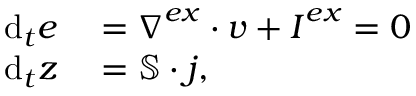
\begin{array} { r l } { \mathrm { d } _ { t } \boldsymbol { e } } & { { } = \boldsymbol { \nabla } ^ { e x } \cdot \boldsymbol { v } + \boldsymbol { I } ^ { e x } = 0 } \\ { \mathrm { d } _ { t } \boldsymbol { z } } & { { } = \mathbb { S } \cdot \boldsymbol { j } , } \end{array}